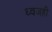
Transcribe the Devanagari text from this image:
ध्वजही